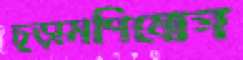
চূড়ামণিযোগ